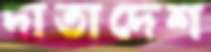
দাতাদেশ